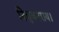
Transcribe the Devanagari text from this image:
त्रिभुवनराय।